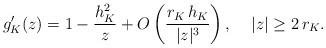
LaTeX: \begin{align*} g_K'(z) = 1 - \frac{h_K^2}{z} + O\left(\frac{r_K \, h_K} {|z|^3 }\right) , \;\;\;\; |z| \geq 2 \, r_K. \end{align*}